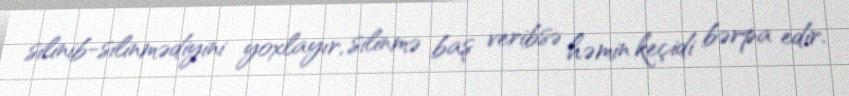
silinib-silinmədiyini yoxlayır, silinmə baş veribsə həmin keçidi bərpa edir.